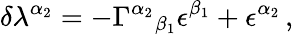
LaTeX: \delta\lambda^{\alpha_{2}}=-\Gamma^{\alpha_{2}}{}_{\beta_{1}}\epsilon^{\beta_{1}}+\epsilon^{\alpha_{2}}\, ,